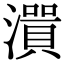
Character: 𤀭